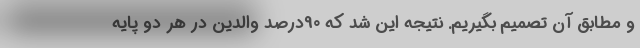
و مطابق آن تصمیم بگیریم. نتیجه این شد که 90درصد والدین در هر دو پایه